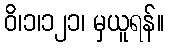
ဝိ၊၁၊၁၂၁၊ မှယူရန်။